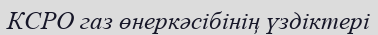
КСРО газ өнеркәсібінің үздіктері